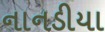
નાનડીયા